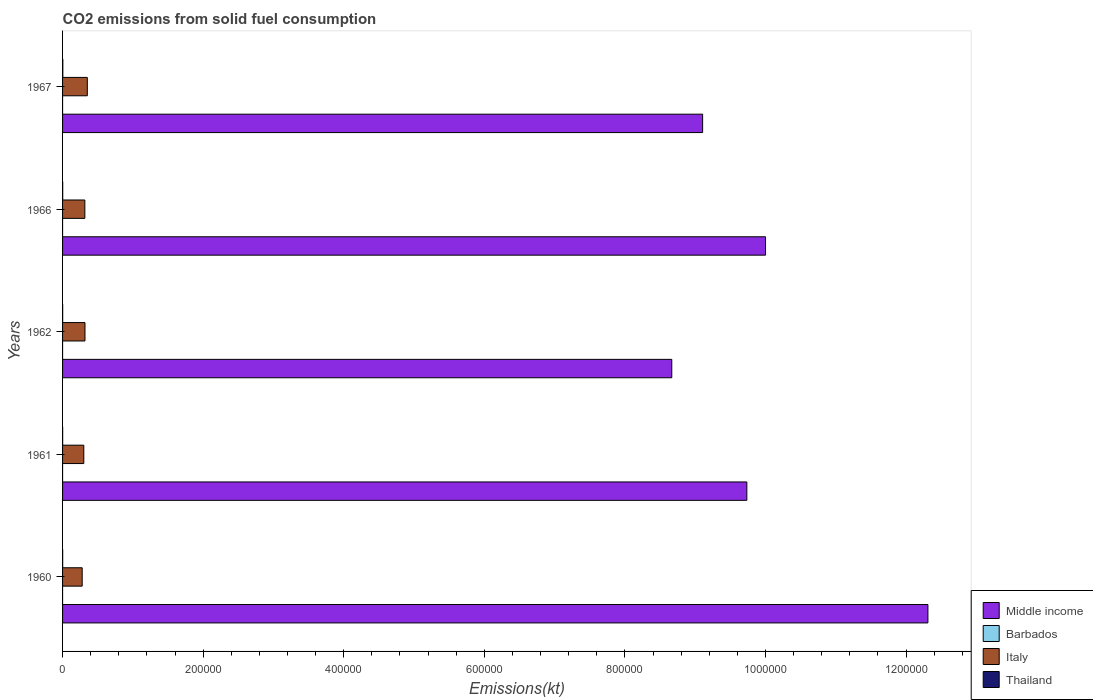
| Years | Middle income | Barbados | Italy | Thailand |
 | --- | --- | --- | --- | --- |
 | 1960 | 1.23e+06 | 3.67 | 2.79e+04 | 147 |
 | 1961 | 9.74e+05 | 3.67 | 3.02e+04 | 121 |
 | 1962 | 8.67e+05 | 3.67 | 3.19e+04 | 150 |
 | 1966 | 1e+06 | 3.67 | 3.17e+04 | 194 |
 | 1967 | 9.11e+05 | 3.67 | 3.52e+04 | 374 |